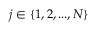
j \in \{ 1 , 2 , . . . , N \}